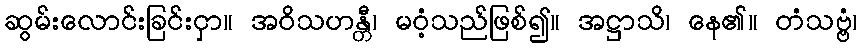
ဆွမ်းလောင်းခြင်းငှာ။ အဝိသဟန္တီ၊ မဝံ့သည်ဖြစ်၍။ အဋ္ဌာသိ၊ နေ၏။ တံသဗ္ဗံ၊